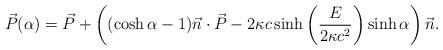
LaTeX: \begin{align*}\vec{P}(\alpha) = \vec{P} +\left((\cosh\alpha-1)\vec{n}\cdot\vec{P} - 2\kappa c \sinh\left(\frac{E}{2\kappa c^2}\right) \sinh\alpha\right)\vec{n} .\end{align*}